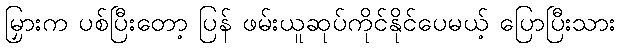
မြှားက ပစ်ပြီးတော့ ပြန် ဖမ်းယူဆုပ်ကိုင်နိုင်ပေမယ့် ပြောပြီးသား